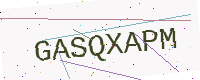
Text: GASQXAPM